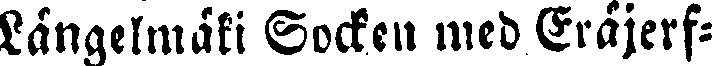
Längelmäki Socken med Eräjerf-